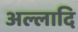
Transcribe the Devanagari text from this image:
अल्लादि